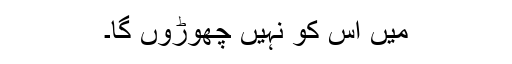
میں اس کو نہیں چھوڑوں گا۔